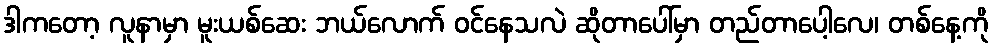
ဒါကတော့ လူနာမှာ မူးယစ်ဆေး ဘယ်လောက် ဝင်နေသလဲ ဆိုတာပေါ်မှာ တည်တာပေါ့လေ၊ တစ်နေ့ကို